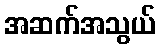
အဆက်အသွယ်